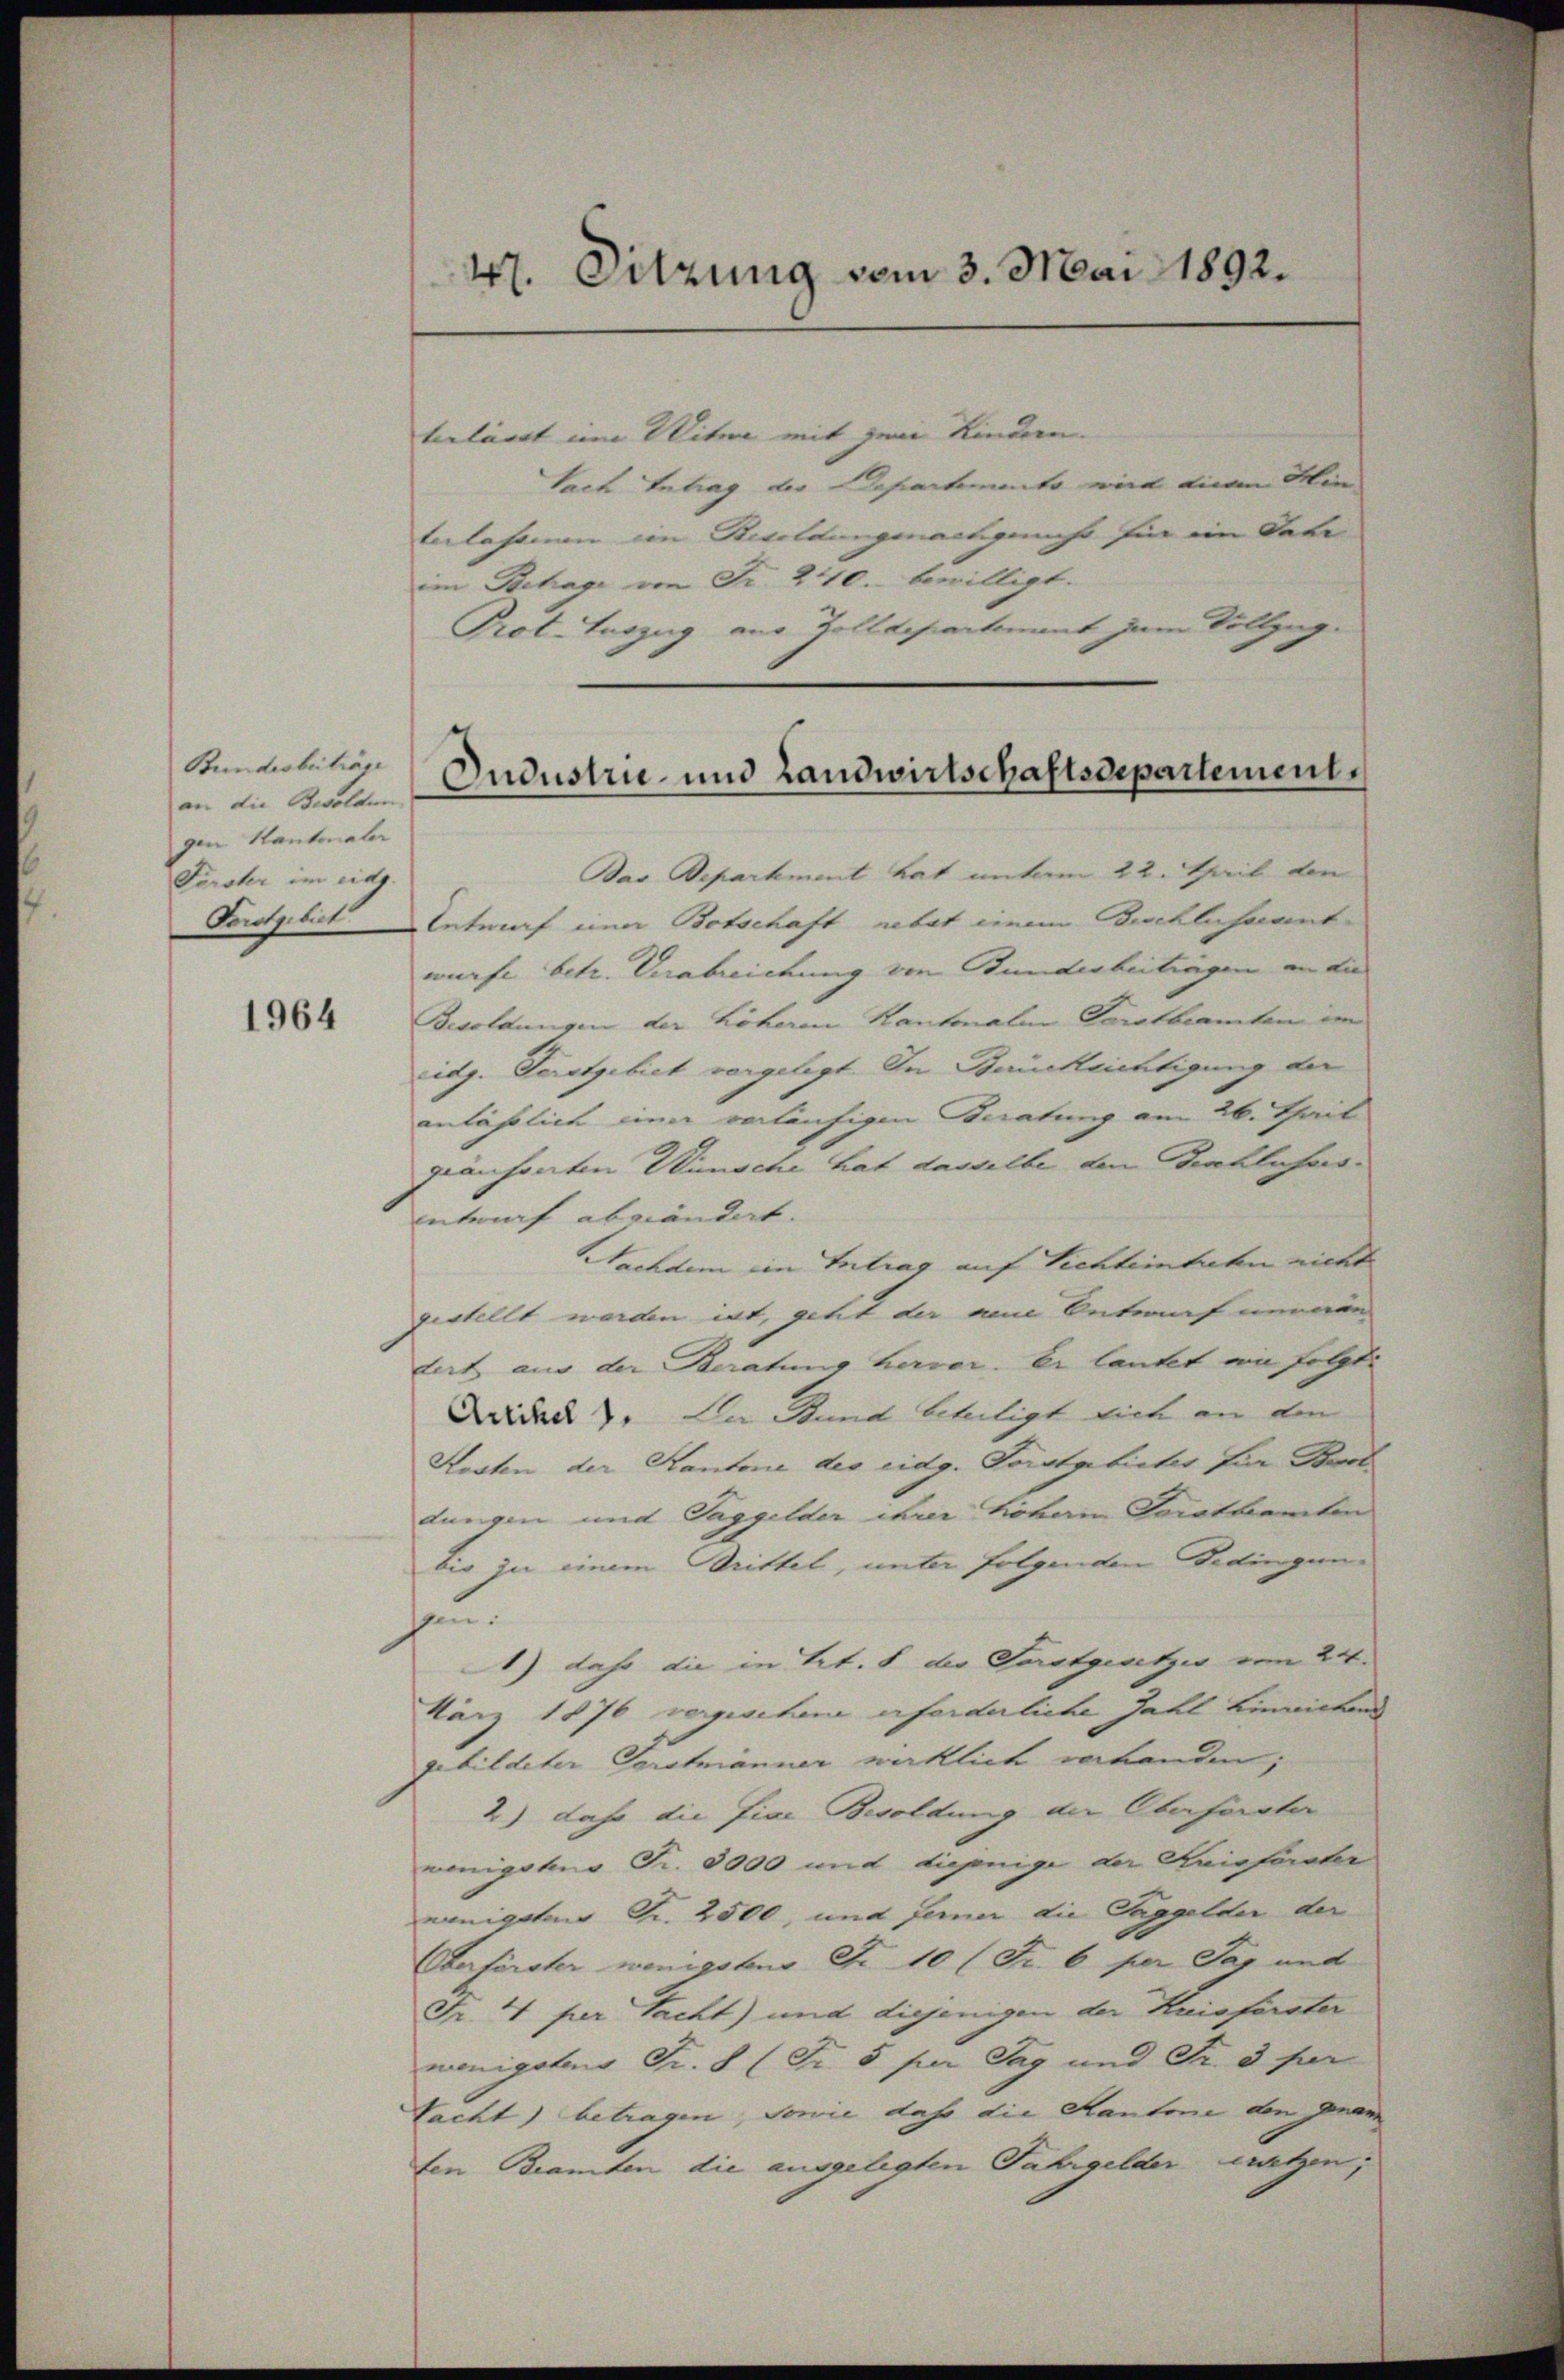
Bundesbeiträge
an die Besolden
gen Kantonaler
Fürster im eidg.
Porotgebiet

1964

47. Sitzung vom 3. Mai 1892.

terlässt um Miter mit den Kindern
tach Antrag der Departemento wird einen Kin
berlassen von Resoldungsnachgenuss für ein Dati
im Betrage von Fr. 240. bewilligt.
Prot. Tuszug aus Zolldepartement zum Vollzug¬

Jndustrie- und Landwirtschaftsdepartement.

Bas Departement hat unterm 22. Teil den
Entwurf einer Botschaft nebat einen Beschlichsant
würfe betr. Verabreichung von Bunderbeitragen an die |
Besoldungen der höheren Kantonalen Forstbeamten
eidg. Verstgebiet vorgelegt. In Berücklichtigung der
anlässlich einer vorläufigen Beratung am 26. Theil
gräsenten Wünsche hat dasselbe den Beschlufersntwurf abwändert. |
Nachdem im Intrag auf Sichteintreten nicht
gestellt werden ist, geht der am Betrauf neuern
dert aus der Beratung hervor. Er lautet an folgt:
Dickel. Da Stund beteiligt sich an den
Kosten der Kantone des eidg. Forstgebieter für Bot
dungen und Taggelder ihrer hohein Forstkanten
bis in einem Drittel, unter folgenden Bedingen
hen
1) daß die in Art. 8 der Saratgesetzes vom 24.
März 1876 vergischen erforderliche Zahl Linrichend
gebildeter Vorstmänner wirklich vorhanden;
2) dass die fixe Besoldung der Oberförster
wenigster Fr. 3000 mit diejenige der Krieferater
wenigsten Fr. 2500, und ferner die Taggelder der
Eberförster wenigstens Fr. 10 (Fr. 6 per Tag und
Fr. 4 per Sacht) und diejenigen der Kreisförster
menigstens Fr. 8 (Fr. 5 per Tag und Fr. 3 per
Nacht) betragen, sowie daher die Kantone den genan
ten Beamten die ausgelegten Fahrgelder ersetzen;